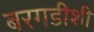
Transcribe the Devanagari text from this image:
बरगडीशी